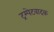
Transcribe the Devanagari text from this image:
ट्रम्पेटवादक